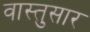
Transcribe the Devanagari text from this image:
वास्तुसार